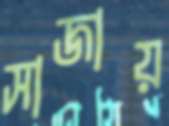
সাজায়